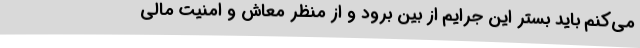
می‌کنم باید بستر این جرایم از بین برود و از منظر معاش و امنیت مالی